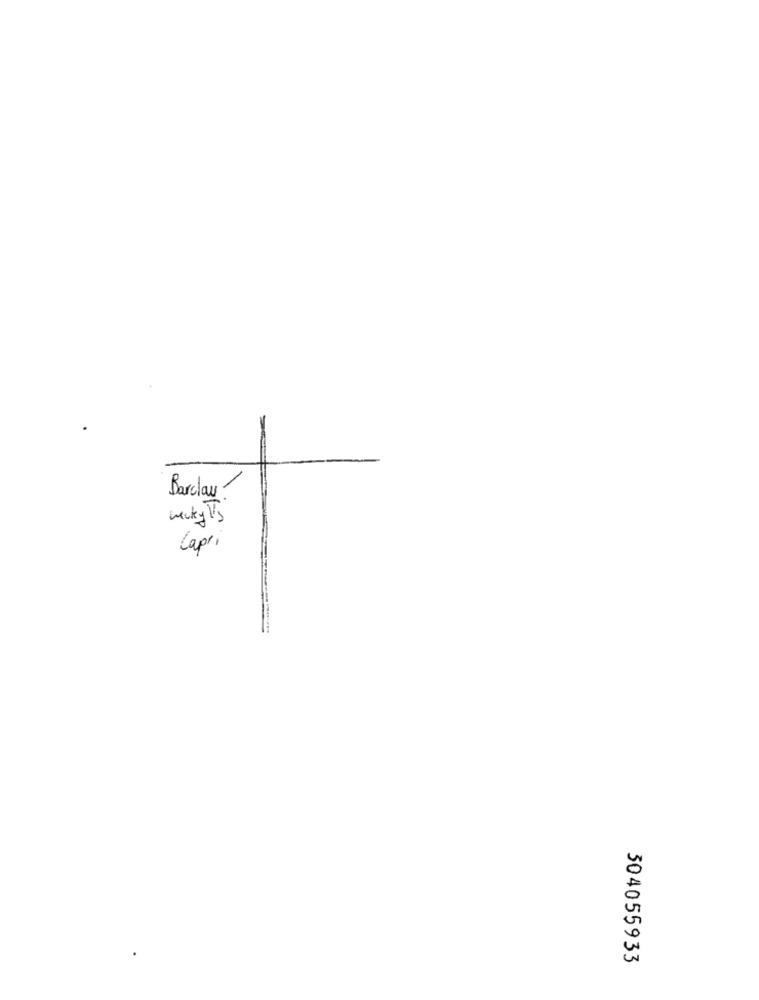
Barclay?
Capri
304055933